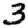
Digit: 3